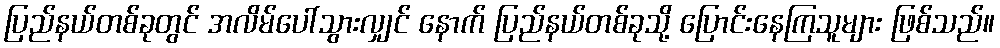
ပြည်နယ်တစ်ခုတွင် အလိမ်ပေါ်သွားလျှင် နောက် ပြည်နယ်တစ်ခုသို့ ပြောင်းနေကြသူများ ဖြစ်သည်။